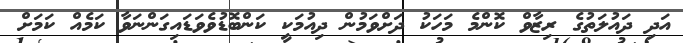
އަދި ދައުލަތުގެ ރިޒާވް ކޮންމެ މަހަކު ދަށްވަމުން ދިއުމަކީ ކަންބޮޑުވެވަޑައިގަންނަވާ ކަމެއް ކަމަށް